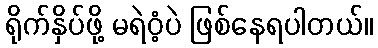
ရိုက်နှိပ်ဖို့ မရဲဝံ့ပဲ ဖြစ်နေရပါတယ်။